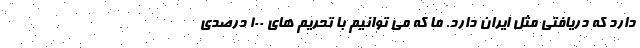
دارد که دریافتی مثل ایران دارد. ما که می توانیم با تحریم های ۱۰۰ درصدی